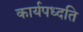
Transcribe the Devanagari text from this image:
कार्यपध्दति